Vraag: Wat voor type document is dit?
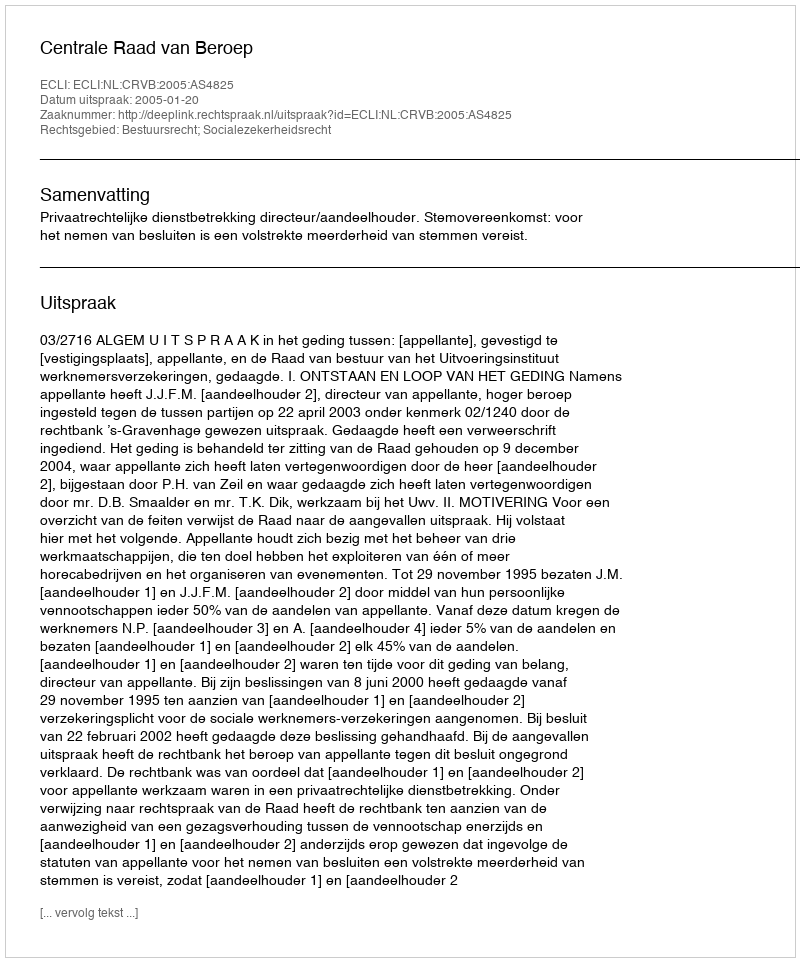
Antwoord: Uitspraak